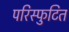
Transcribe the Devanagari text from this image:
परिस्फुटित